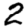
Digit: 2